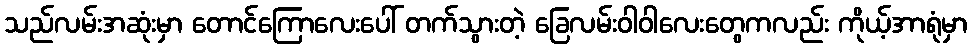
သည်လမ်းအဆုံးမှာ တောင်ကြောလေးပေါ် တက်သွားတဲ့ ခြေလမ်းဝါဝါလေးတွေကလည်း ကိုယ့်အာရုံမှာ